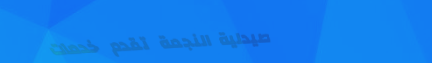
صيدلية النجمة تقدم خدمات